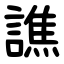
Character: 譙